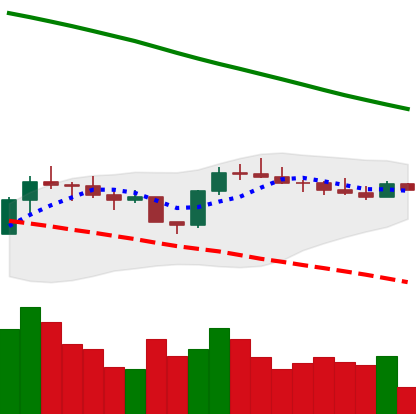
Ticker: BTC-USD
Chart end date: 2022-08-06
Forward return: 4.339%
Label: up_3_5